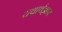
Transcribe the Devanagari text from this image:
यथार्थज्ञान